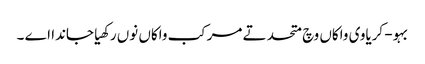
بہو- کریاوی واکاں وچ متحد تے مرکب واکاں نوں رکھیا جاندا اے ۔